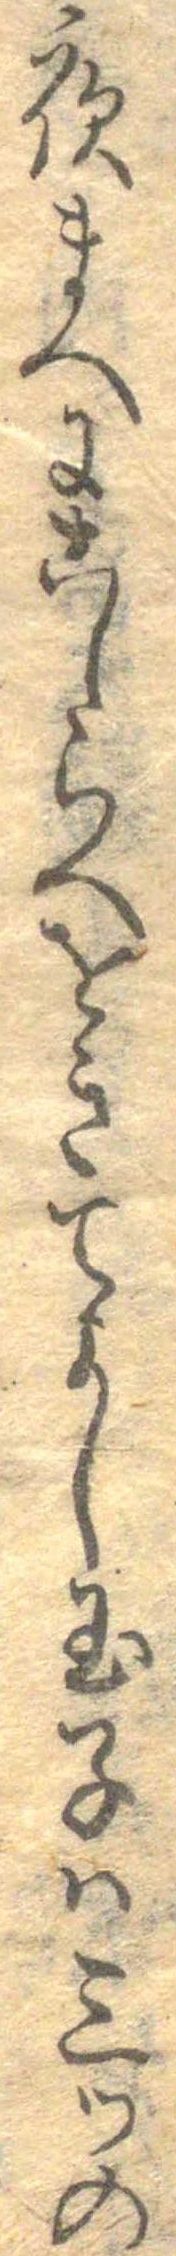
夜まへにこしらへをきてよし玉子は三つの